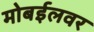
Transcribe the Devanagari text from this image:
मोबईलवर